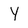
Character: Y